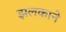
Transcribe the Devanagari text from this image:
झलकाने